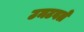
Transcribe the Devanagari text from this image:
उमटवले